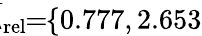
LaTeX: \! \! \! \overline{{\lambda}}_{\mathrm{{rel}}}\! \! =\! \! \{ 0.777,2.653\} \! \! \!